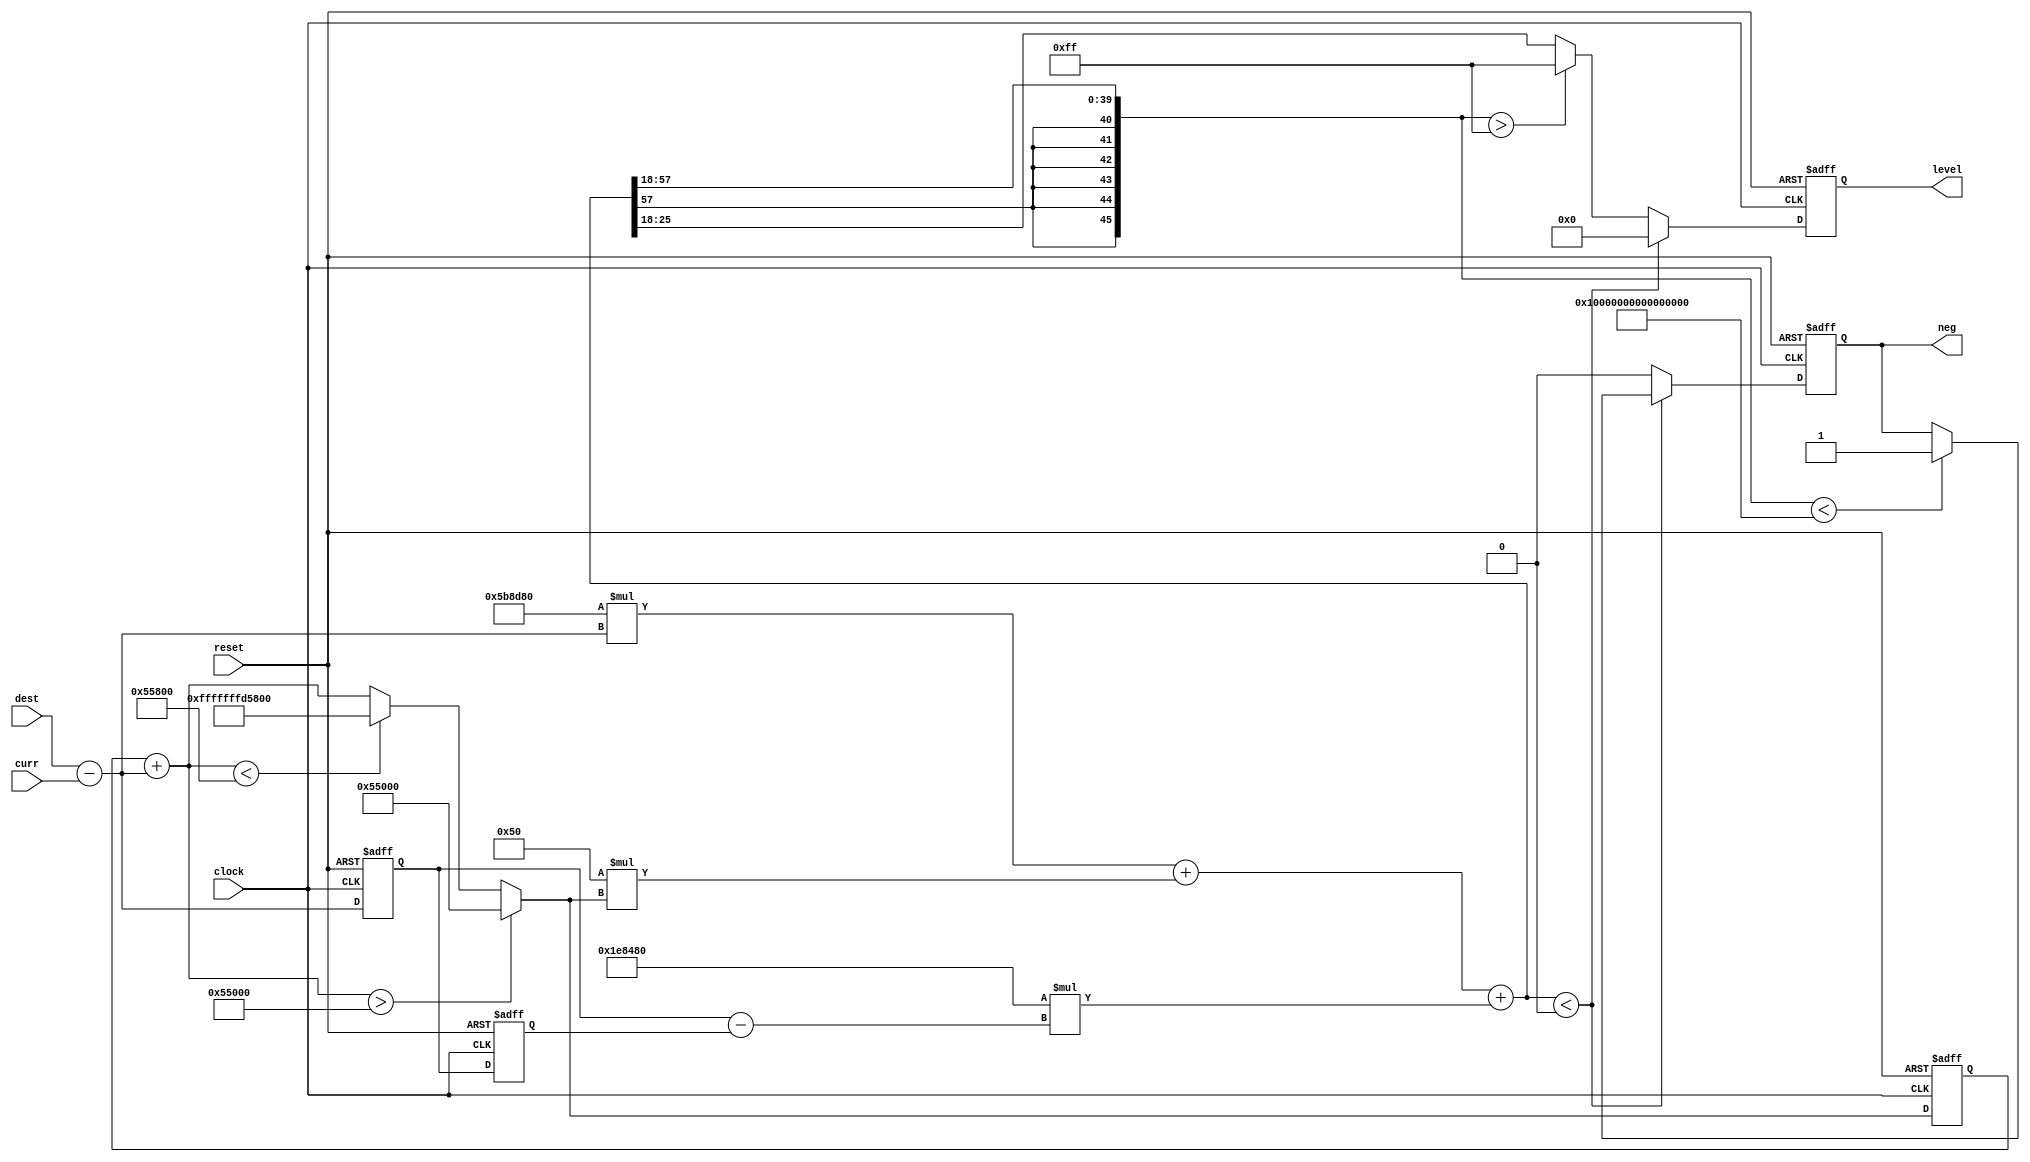
module PidCore(clock, reset, dest, curr, level, neg);
/* 
	parameter SHIFT = 18;
	parameter P = 700000;//ok
	parameter I = 6;//5 6 7
	parameter D = 0;
	parameter ERROR_SUM_UPPER = (8'hFF << SHIFT) / I;
*/

	parameter SHIFT = 18;
	parameter P = 6000000;
	parameter I = 80;
	parameter D = 2000000;
	parameter ERROR_SUM_UPPER = 348160;
	parameter ERROR_SUM_LOWER = 174080;

	input clock;
	input reset;
	input [7:0] dest, curr;
	output reg [7:0] level;
	output reg neg;
	reg signed [8:0] err0, err1, err2;
	reg signed [9:0] errD;
	reg signed [47:0] errSum;
	reg signed [63:0] tempLevel;
	
	initial begin
		level = 8'b0;
		neg = 1'b0;
		err0 = 8'd0;
		err1 = 8'd0;
		err2 = 8'd0;
		errSum = 0;
	end
	
	always @(negedge reset or posedge clock) begin
		if (!reset) begin
			level = 8'b0;
			neg = 1'b0;
			err0 = 8'd0;
			err1 = 8'd0;
			err2 = 8'd0;
			errSum = 0;
		end else begin
			err0 = dest - curr;
			errSum = errSum + err0;
			errD = err1 - err2;
			err2 = err1;
			err1 = err0;
			
			if (errSum > ERROR_SUM_UPPER) begin
				errSum = ERROR_SUM_UPPER;
			end else if (errSum < -ERROR_SUM_LOWER) begin
				errSum = -ERROR_SUM_LOWER;
			end
			
			tempLevel = P * err0 + I * errSum + D * errD;
			
			if (tempLevel < 0) begin
				tempLevel = tempLevel >> SHIFT;
				level = 8'd0;
				if (tempLevel < -8'hC0) begin
					neg = 1'b1;
				end
			end else begin
				tempLevel = tempLevel >> SHIFT;
				neg = 1'b0;
				if (tempLevel > 8'hff) begin
					level = 8'hFF;
				end else begin
					level = tempLevel;
				end
			end
		end
	end

endmodule